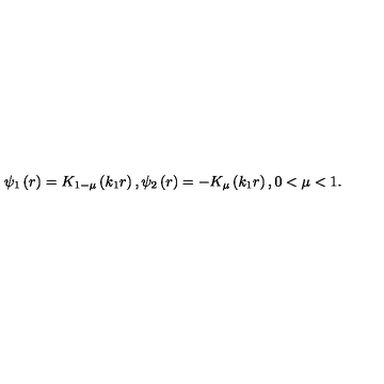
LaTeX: \psi _ { 1 } \left( r \right) = K _ { 1 - \mu } \left( k _ { 1 } r \right) , \psi _ { 2 } \left( r \right) = - K _ { \mu } \left( k _ { 1 } r \right) , 0 < \mu < 1 .